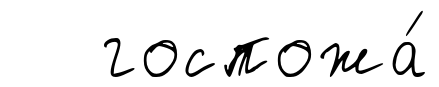
госпожа́